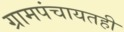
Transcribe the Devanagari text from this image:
ग्रामपंचायतही